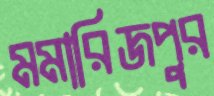
মমারিজপুর